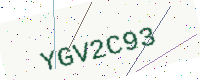
Text: YGV2C93